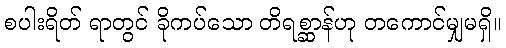
စပါးရိတ် ရာတွင် ခိုကပ်သော တိရစ္ဆာန်ဟု တကောင်မျှမရှိ။